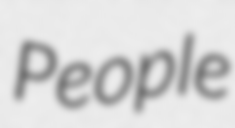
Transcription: People